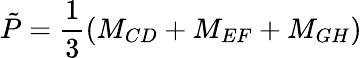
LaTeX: \tilde{P}=\frac{1}{3}(M_{CD}+M_{EF}+M_{GH})